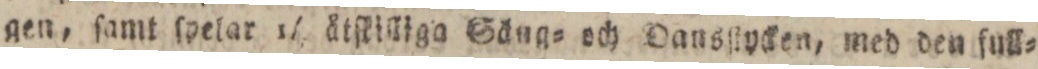
gen, ſamt ſpelar 14 åtſtilliga Säng= och Dansſtycken, med den full=